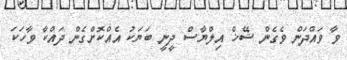
ވާ ވައްދަން ވެގެން ޝޭޚް އިލްޔާސް ދީނީ ބަޔަކު އެއްކޮށްގެން ދައްކާ ވާހަކަ